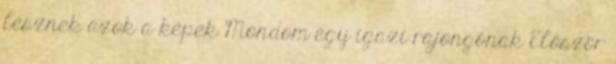
lesznek azok a képek Mondom egy igazi rajongónak Először